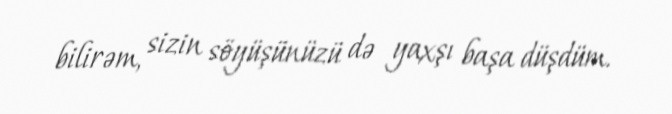
bilirəm, sizin söyüşünüzü də yaxşı başa düşdüm.